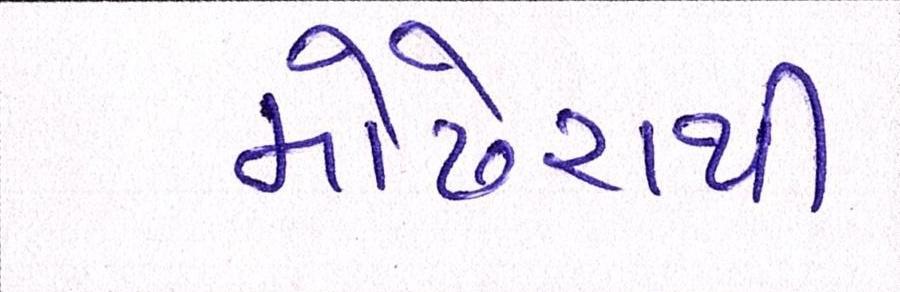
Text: મોઢેરાથી